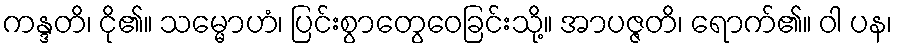
ကန္ဒတိ၊ ငို၏။ သမ္မောဟံ၊ ပြင်းစွာတွေဝေခြင်းသို့။ အာပဇ္ဇတိ၊ ရောက်၏။ ဝါ ပန၊